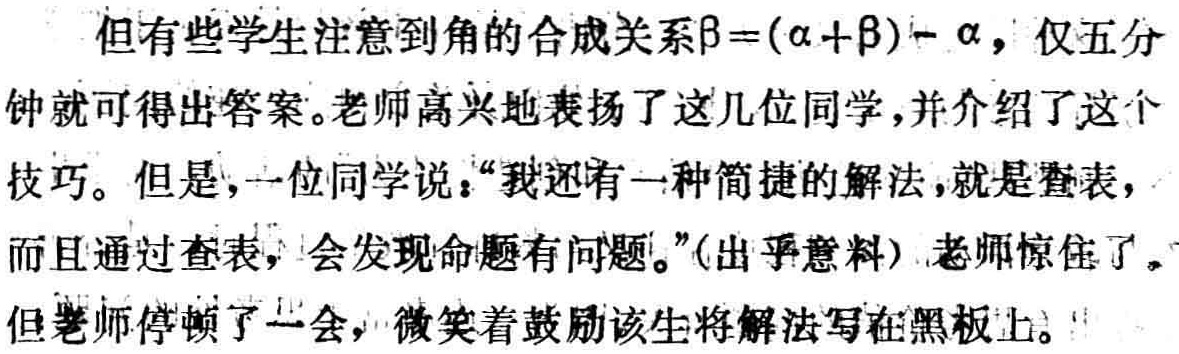
但有些学生注意到角的合成关系\(\beta = (\alpha + \beta) - \alpha\)，仅五分钟就可得出答案。老师高兴地表扬了这几位同学，并介绍了这个技巧。但是，一位同学说：“我还有一种简捷的解法，就是查表，而且通过查表，会发现命题有问题。”(出乎意料) 老师惊住了。但老师停顿了一会，微笑着鼓励该生将解法写在黑板上。